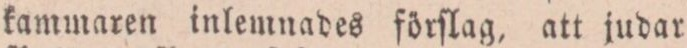
kammaren inlemnades förſlag, att judar